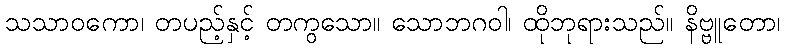
သသာဝကော၊ တပည့်နှင့် တကွသော။ သောဘဂဝါ၊ ထိုဘုရားသည်။ နိဗ္ဗူတော၊